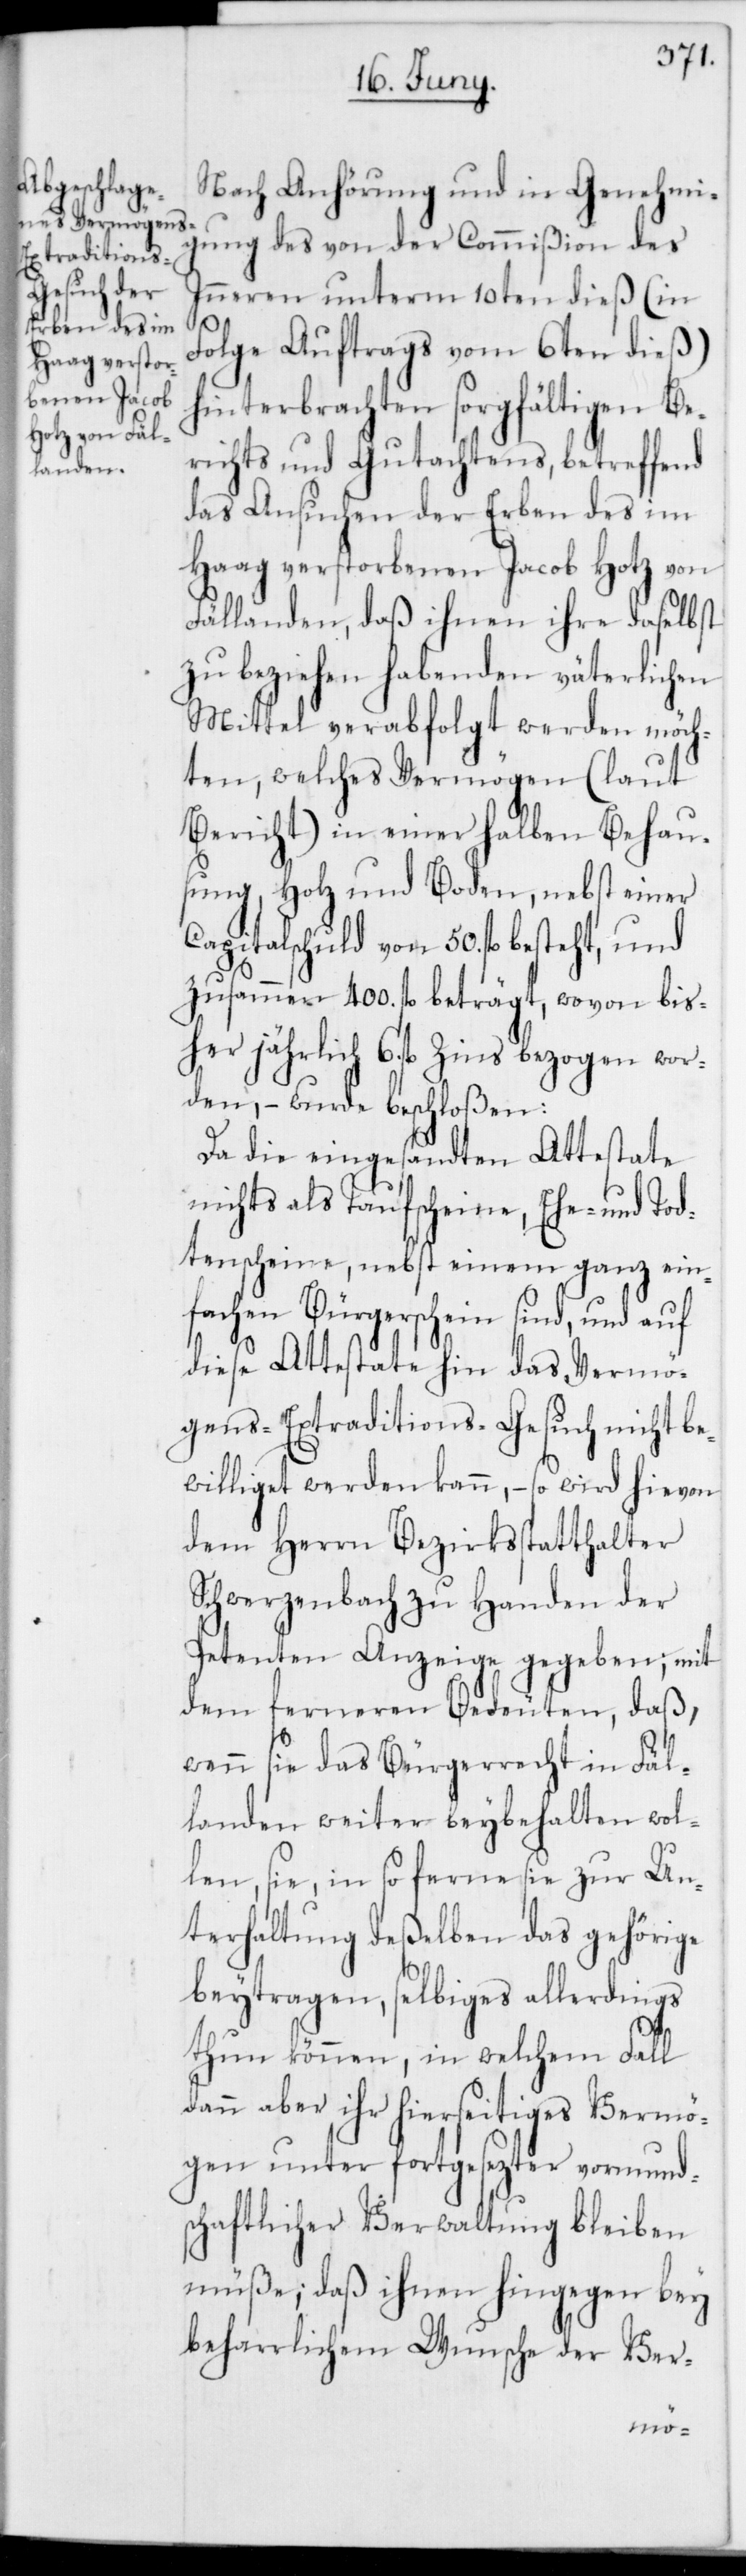
Nach Anhörung und in Genehmi¬
gung des von der Commißion des
Inneren unterm 10ten dieß (in
Folge Auftrags vom 6ten dieß)
hinterbrachten sorgfältigen Be¬
richts und Gutachtens, betreffend
das Ansuchen der Erben des im
Haag verstorbenen Jacob Hotz von
Fällanden, daß ihnen ihre daselbst
zu beziehen habenden väterlichen
Mittel verabfolgt werden möch¬
ten, welches Vermögen (laut
Bericht) in einer halben Behau¬
sung, Holz und Boden, nebst einer
Capitalschuld von 50. fl. besteht, und
zusammen 400. fl. beträgt, wovon bis¬
her jährlich 6. fl. Zins bezogen wor¬
den, – wurde beschloßen:
Da die eingesandten Attestate
nichts als Taufscheine, Ehe- und Tod¬
tenscheine, nebst einem ganz ein¬
fachen Bürgerschein sind, und auf
diese Attestate hin das Vermö¬
gens-Extraditions-Gesuch nicht be¬
williget werden kann, – so wird hievon
dem Herrn Bezirksstatthalter
Schwerzenbach zu Handen der
Petenten Anzeige gegeben; mit
dem ferneren Bedeuten, daß,
wenn sie das Bürgerrecht in Fäl¬
landen weiter beybehalten wol¬
len, sie, in so ferne sie zur Un¬
terhaltung deßelben das gehörige
beytragen, selbiges allerdings
thun können, in welchem Fall
dann aber ihr hierseitiges Vermö¬
gen unter fortgesezter vormund¬
schaftlicher Verwaltung bleiben
müße; daß ihnen hingegen bey
beharrlichem Wunsche der Ver-